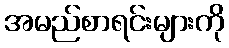
အမည်စာရင်းများကို